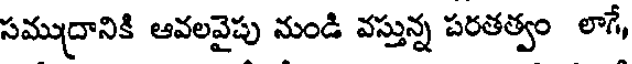
సముద్రానికి ఆవలవైపు నుండి వస్తున్న పరతత్వం లాగే